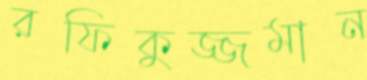
রফিকুজ্জমান